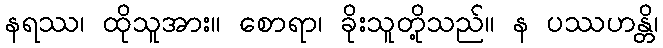
နရဿ၊ ထိုသူအား။ စောရာ၊ ခိုးသူတို့သည်။ န ပဿဟန္တိ၊